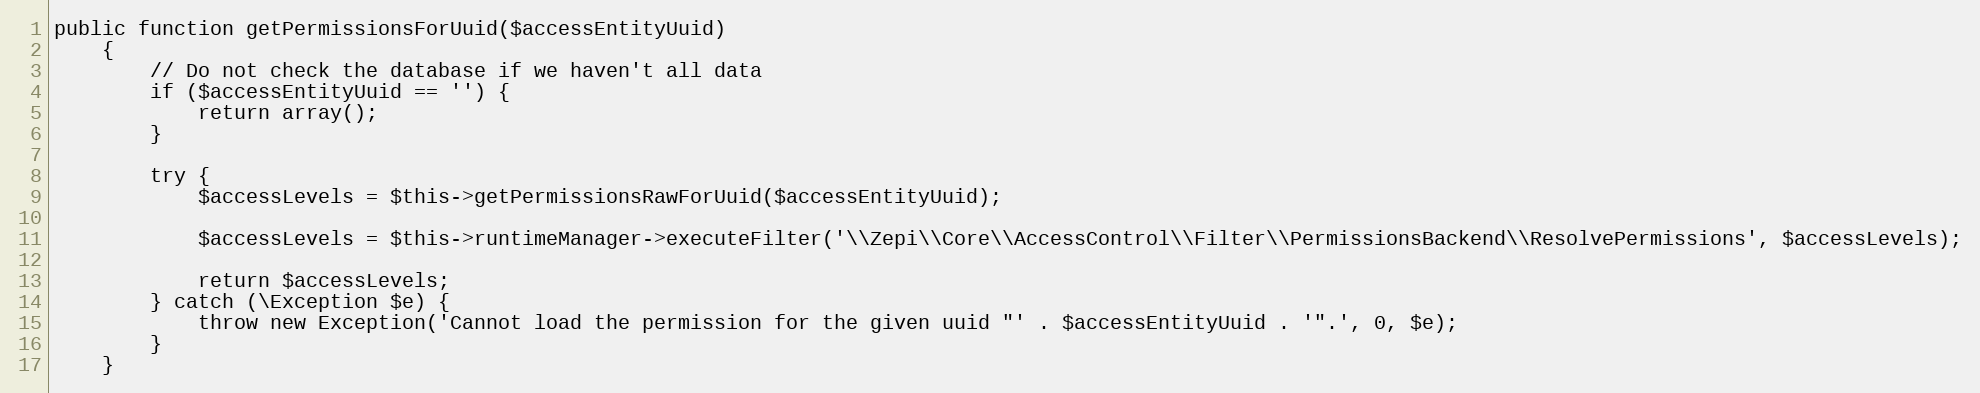
Language: PHP
public function getPermissionsForUuid($accessEntityUuid)
    {
        // Do not check the database if we haven't all data
        if ($accessEntityUuid == '') {
            return array();
        }

        try {
            $accessLevels = $this->getPermissionsRawForUuid($accessEntityUuid);

            $accessLevels = $this->runtimeManager->executeFilter('\\Zepi\\Core\\AccessControl\\Filter\\PermissionsBackend\\ResolvePermissions', $accessLevels);

            return $accessLevels;
        } catch (\Exception $e) {
            throw new Exception('Cannot load the permission for the given uuid "' . $accessEntityUuid . '".', 0, $e);
        }
    }